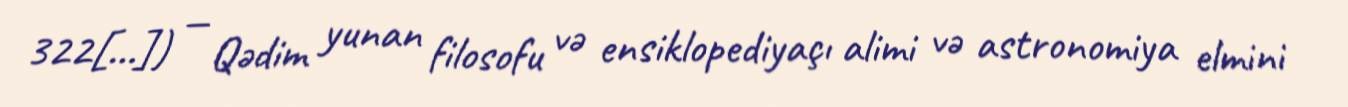
322[…]) — Qədim yunan filosofu və ensiklopediyaçı alimi və astronomiya elmini